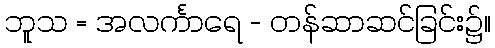
ဘူသ = အလင်္ကာရေ - တန်ဆာဆင်ခြင်း၌။